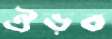
ঐড়ব